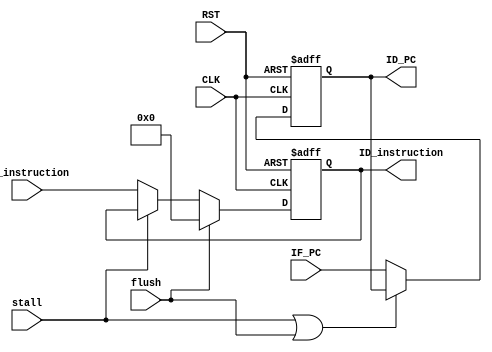
module IF_ID(CLK, RST, stall, flush, IF_instruction, IF_PC, ID_instruction, ID_PC);
input CLK,RST,flush,stall;
input [31:0]IF_PC,IF_instruction;
output reg [31:0] ID_PC,ID_instruction;

always@(posedge RST or posedge CLK) begin
    if(RST) begin
        ID_PC<=32'h00000000; //
        ID_instruction<=32'b0;  
    end
    else begin
        ID_PC<= (stall|flush) ? ID_PC:IF_PC;
        ID_instruction<= (flush) ? 32'b0: //flush?instruction
                                     (stall) ? ID_instruction :
                                     IF_instruction;
    end
end
endmodule